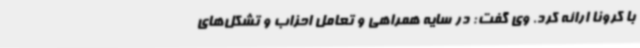
با کرونا ارائه کرد. وی گفت: در سایه همراهی و تعامل احزاب و تشکل‌های